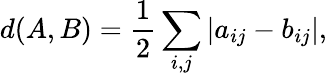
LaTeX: d(A,B)=\frac{1}{2}\sum_{i,j}\vert a_{ij}-b_{ij}\vert,